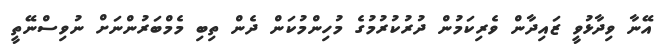
އޭނާ ވިދާޅުވީ ޒައިދާން ވެރިކަމުން ދުރުކުރުމުގެ މުހިންމުކަން ދެން ތިބި މެމްބަރުންނަށް ނުވިސްނޭތީ